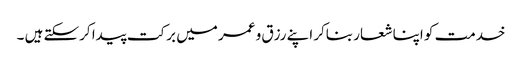
خدمت کو اپنا شعار بناکر اپنے رزق و عمر میں برکت پیدا کرسکتے ہیں ۔